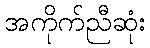
အကိုက်ညီဆုံး